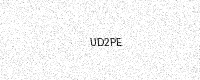
Text: UD2PE